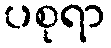
ပစုရာ